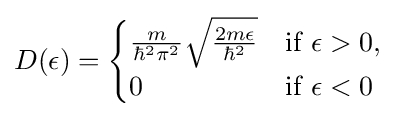
D(\epsilon )={\begin{cases}{\frac {m}{\hbar ^{2}\pi ^{2}}}{\sqrt {\frac {2m\epsilon }{\hbar ^{2}}}}&{\mbox{if }}\epsilon >0,\\0&{\mbox{if }}\epsilon <0\\\end{cases}}